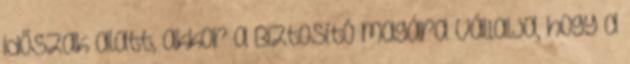
időszak alatt, akkor a Biztosító magára vállalja, hogy a